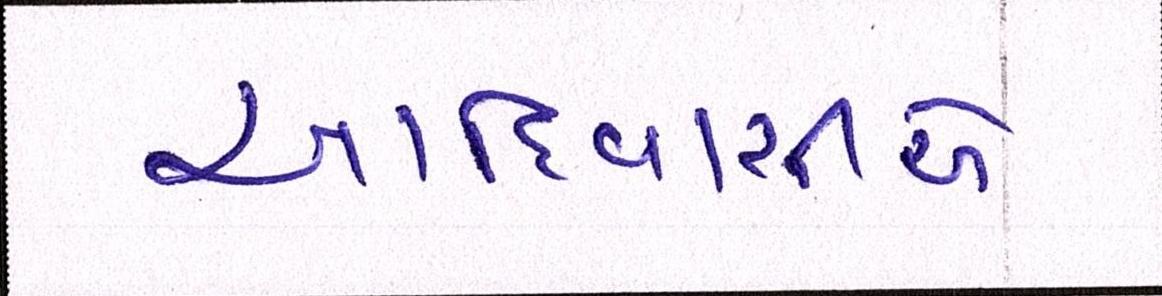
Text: આદિવાસીએ